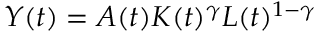
Y ( t ) = A ( t ) K ( t ) ^ { \gamma } L ( t ) ^ { 1 - \gamma }